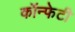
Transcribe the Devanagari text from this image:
कॉन्फेटी